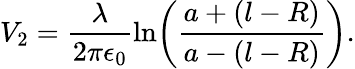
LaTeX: V_{2}=\frac{\lambda}{2\pi\epsilon_{0}}\ln\! \left(\frac{a+(l-R)}{a-(l-R)}\right).